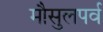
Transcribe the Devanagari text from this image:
मौसुलपर्व